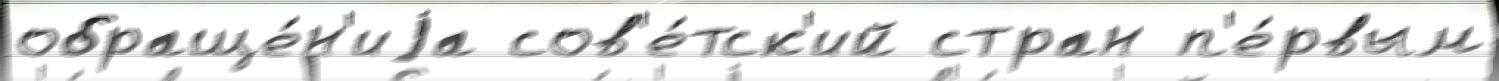
обраще́н'иjа сов'е́тск'ий стран п'е́рвым